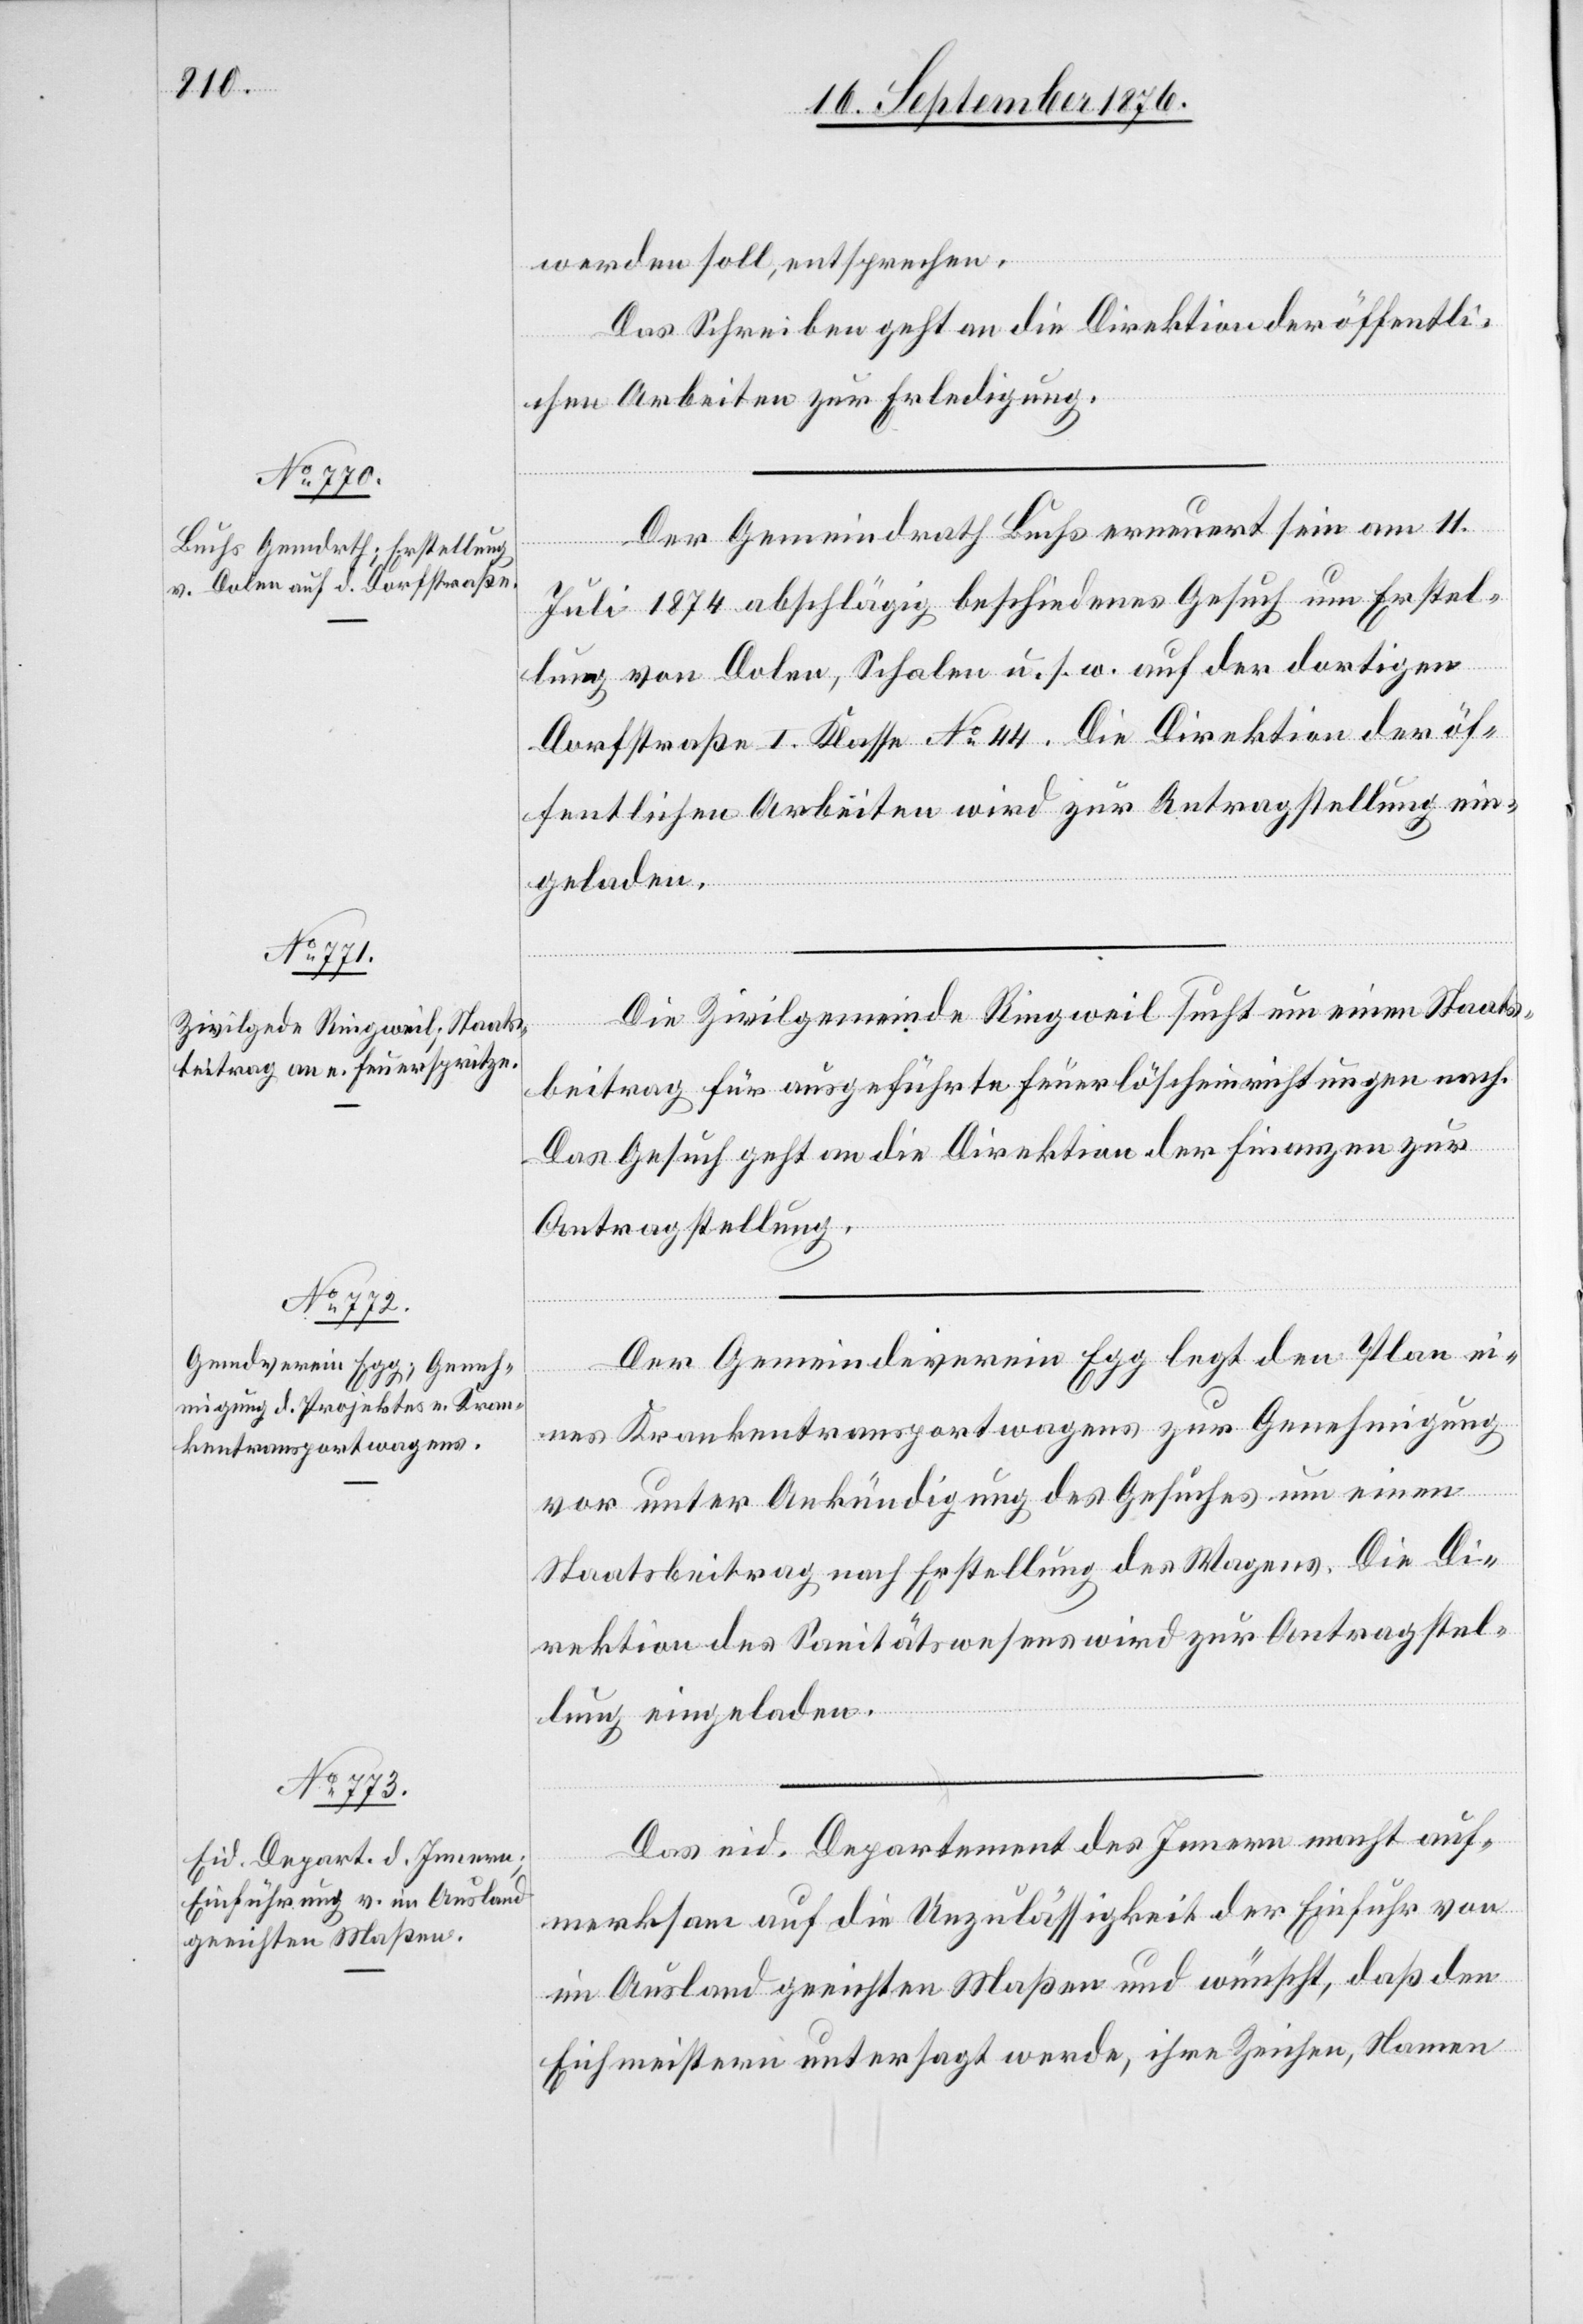
18. September 1876.]
werden soll, entsprechen.
Das Schreiben geht an die Direktion der öffentli¬
chen Arbeiten zur Erledigung.
Der Gemeindrath Buchs erneuert sein am 11.
Juli 1874 abschlägig beschiedenes Gesuch um Erstel¬
lung von Dolen, Schalen u. s. w. auf der dortigen
Dorfstraße I. Klasse No 44. Die Direktion der öf¬
fentlichen Arbeiten wird zur Antragstellung ein¬
geladen.
Die Zivilgemeinde Ringweil sucht um einen Staats¬
beitrag für ausgeführte Feuerlöscheinrichtungen nach.
Das Gesuch geht an die Direktion der Finanzen zur
Antragstellung.
Der Gemeindeverein Egg legt den Plan ei¬
nes Krankentransportwagens zur Genehmigung
vor unter Ankündigung des Gesuches um einen
Staatsbeitrag nach Erstellung des Wagens. Die Di¬
rektion des Sanitätswesens wird zur Antragstel¬
lung eingeladen.
Das eid. Departement des Innern macht auf¬
merksam auf die Unzulässigkeit der Einfuhr von
im Ausland geeichten Maßen und wünscht, das den
Eichmeistern untersagt werde, ihre Zeichen, Namen